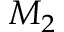
M _ { 2 }